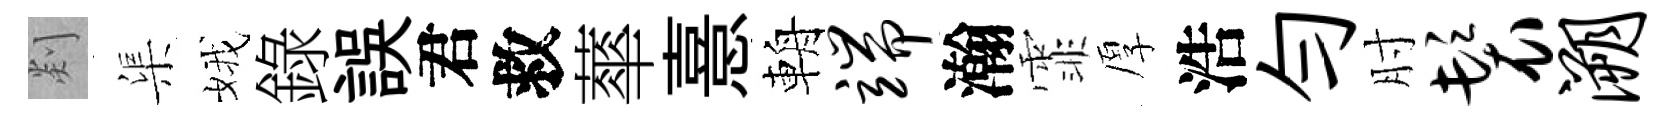
剡渠娥錄誤君救蕐憙輈端瀚霏厚浩勻肘鬟溯